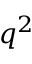
q ^ { 2 }